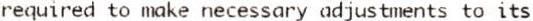
REQUIRED TO MAKE NECESSARY ADJUSTMENTS TO ITS